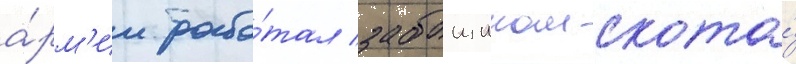
а́рм'ии рабо́тал забоищиком скота́